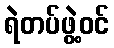
ရဲတပ်ဖွဲ့ဝင်